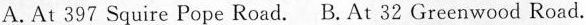
A. At 397 Squire Pope Road. B. At 32 Greenwood Road.